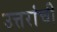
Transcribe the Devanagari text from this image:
उत्तरांची